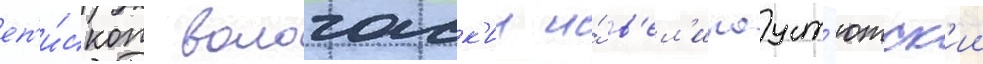
еп'и́скоп вологодск'ии и́ в'ел'икоуст'южск'ии